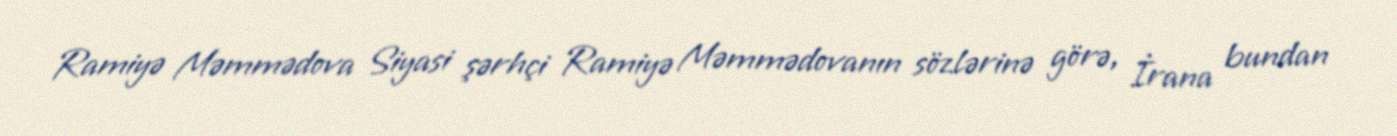
Ramiyə Məmmədova Siyasi şərhçi Ramiyə Məmmədovanın sözlərinə görə, İrana bundan